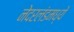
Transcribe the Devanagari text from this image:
नेदरलंडमध्ये